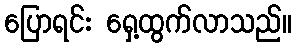
ပြောရင်း ရှေ့ထွက်လာသည်။